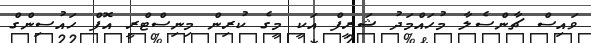
ވައިސް ޗާންސެލާ މުހައްމަދު ޝަރީފް އަކީ މީގެ ކުރިން މިނިސްޓްރީ އޮފް ހައުސިންގް